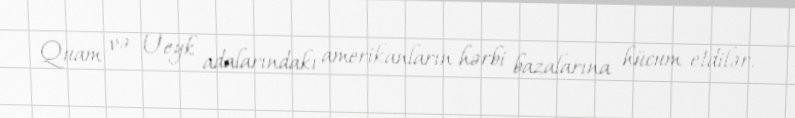
Quam və Ueyk adalarındakı amerikanların hərbi bazalarına hücum etdilər.